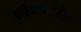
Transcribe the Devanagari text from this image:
परिणामरहित